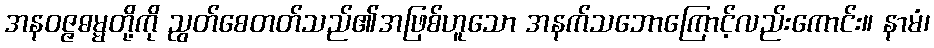
အနဝဇ္ဇဓမ္မတို့ကို ညွတ်စေတတ်သည်၏အဖြစ်ဟူသော အနက်သဘောကြောင့်လည်းကောင်း။ နာမံ၊